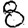
Digit: 8